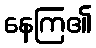
နေကြ၏